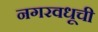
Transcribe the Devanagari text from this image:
नगरवधूची